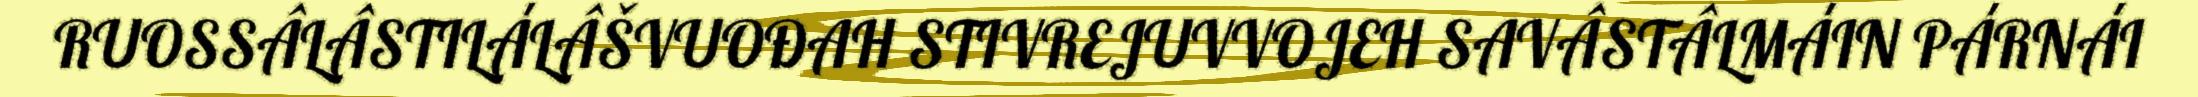
RUOSSÂLÂSTILÁLÂŠVUOĐAH STIVREJUVVOJEH SAVÂSTÂLMÁIN PÁRNÁI